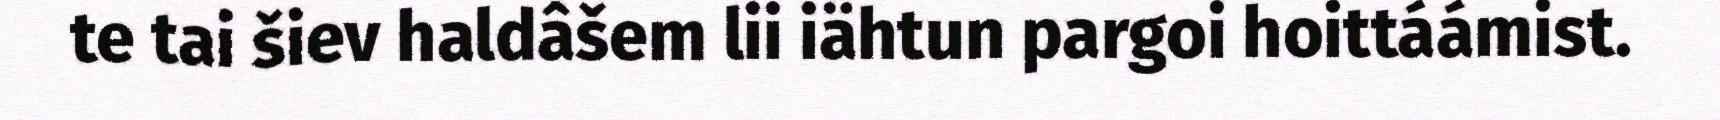
te tai šiev haldâšem lii iähtun pargoi hoittáámist.